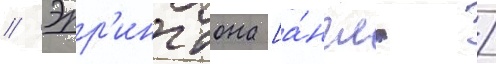
// Эрр'ингтона [а́нгл. /